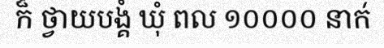
ក៏ ថ្វាយបង្គំ ឃុំ ពល ១០០០០ នាក់